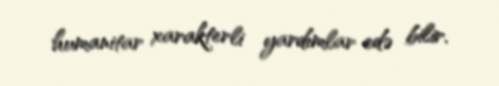
humanitar xarakterli yardımlar edə bilir.